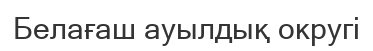
Белағаш ауылдық округі